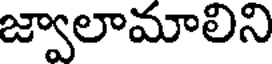
జ్వాలామాలిని